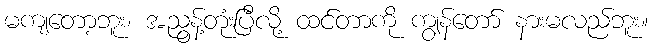
မကျတော့ဘူး၊ အညွန့်တုံးပြီလို့ ထင်တာကို ကျွန်တော် နားမလည်ဘူး။